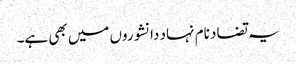
یہ تضاد نام نہاد دانشوروں میں بھی ہے۔